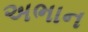
અભાન